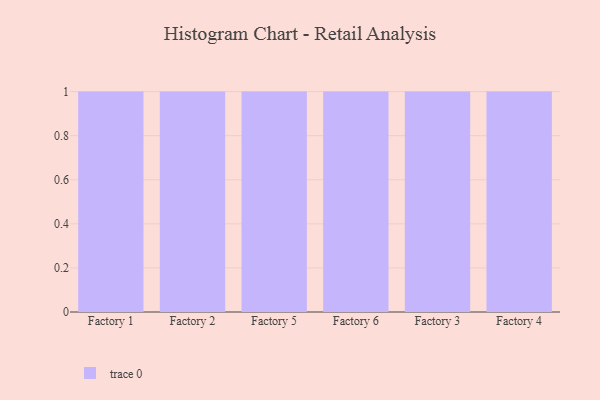
{"axis": {"x": "Factory", "y": "Revenue (USD Million)"}, "legend": [""], "data": [{"x": "Factory 1", "y": 33, "type": ""}, {"x": "Factory 2", "y": 44, "type": ""}, {"x": "Factory 5", "y": 8, "type": ""}, {"x": "Factory 6", "y": 22, "type": ""}, {"x": "Factory 3", "y": 47, "type": ""}, {"x": "Factory 4", "y": 67, "type": ""}]}